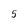
Character: 5